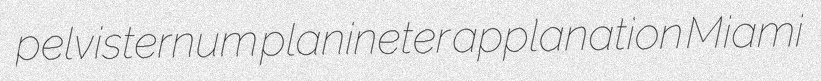
pelvisternum planineter applanation Miami